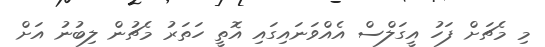
މި މެޗަށް ފަހު އީގަލްސް އެއްވަނައިގައި އޮތީ ހަތަރު މެޗުން ލިބުނު އަށް